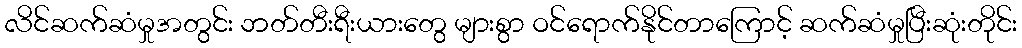
လိင်ဆက်ဆံမှုအတွင်း ဘတ်တီးရီးယားတွေ များစွာ ဝင်ရောက်နိုင်တာကြောင့် ဆက်ဆံမှုပြီးဆုံးတိုင်း